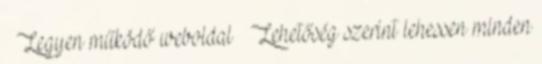
 Legyen működő weboldal  Lehetőség szerint lehessen minden